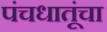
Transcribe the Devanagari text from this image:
पंचधातूंचा